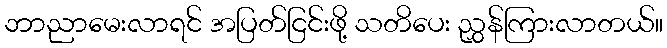
ဘာညာမေးလာရင် အပြတ်ငြင်းဖို့ သတိပေး ညွှန်ကြားလာတယ်။